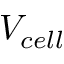
V _ { c e l l }